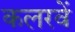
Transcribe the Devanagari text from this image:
कलरवें